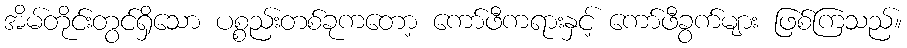
အိမ်တိုင်းတွင်ရှိသော ပစ္စည်းတစ်ခုကတော့ ကော်ဖီကရားနှင့် ကော်ဖီခွက်များ ဖြစ်ကြသည်။